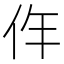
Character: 𠇪